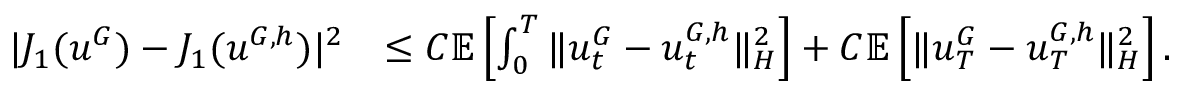
\begin{array} { r l } { | J _ { 1 } ( u ^ { G } ) - J _ { 1 } ( u ^ { { G } , h } ) | ^ { 2 } } & { \leq C \ensuremath { { \mathbb E } } \left[ \int _ { 0 } ^ { T } \| u _ { t } ^ { { G } } - u _ { t } ^ { { G } , h } \| _ { H } ^ { 2 } \right] + C \ensuremath { { \mathbb E } } \left[ \| u _ { T } ^ { { G } } - u _ { T } ^ { { G } , h } \| _ { H } ^ { 2 } \right] . } \end{array}